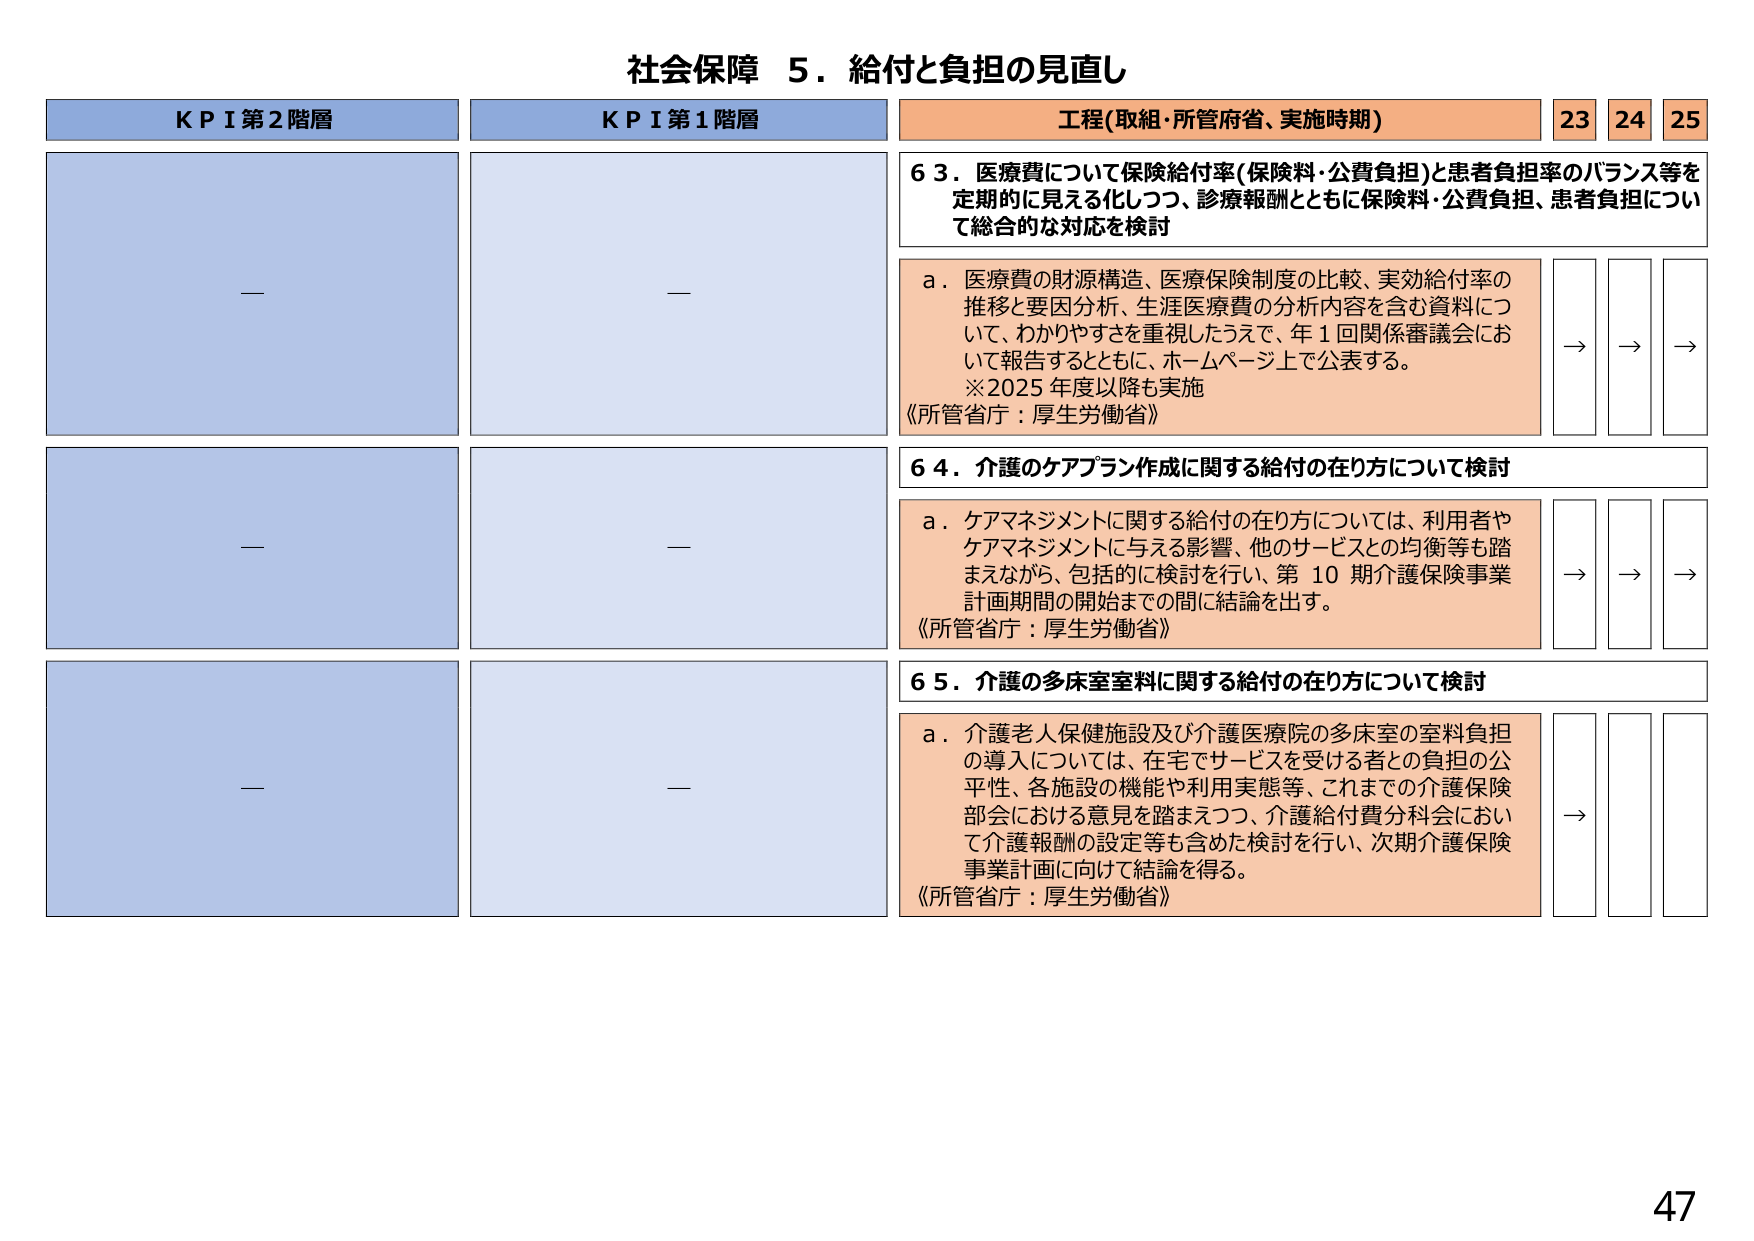
社会保障 5．給付と負担の見直し

KPI第2階層
—

KPI第1階層
—

工程(取組・所管府省、実施時期)
23 24 25

63．医療費について保険給付率(保険料・公費負担)と患者負担率のバランス等を定期的に見える化しつつ、診療報酬とともに保険料・公費負担、患者負担について総合的な対応を検討

a．医療費の財源構造、医療保険制度の比較、実効給付率の推移と要因分析、生涯医療費の分析内容を含む資料について、わかりやすさを重視したうえで、年1回関係審議会において報告するとともに、ホームページ上で公表する。
※2025年度以降も実施
《所管省庁：厚生労働省》
→ → →

64．介護のケアプラン作成に関する給付の在り方について検討

a．ケアマネジメントに関する給付の在り方については、利用者やケアマネジメントに与える影響、他のサービスとの均衡等も踏まえながら、包括的に検討を行い、第10期介護保険事業計画期間の開始までの間に結論を出す。
《所管省庁：厚生労働省》
→ → →

65．介護の多床室室料に関する給付の在り方について検討

a．介護老人保健施設及び介護医療院の多床室の室料負担の導入については、在宅でサービスを受ける者との負担の公平性、各施設の機能や利用実態等、これまでの介護保険部会における意見を踏まえつつ、介護給付費分科会において介護報酬の設定等も含めた検討を行い、次期介護保険事業計画に向けて結論を得る。
《所管省庁：厚生労働省》
→ → →

47